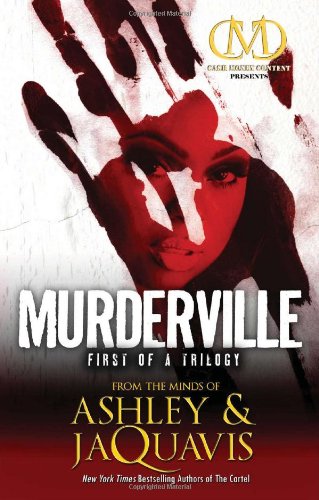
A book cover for Murderville: First of a Trilogy (Murderville Trilogy); Ashley Coleman; Romance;